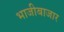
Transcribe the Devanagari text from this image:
भाजीबाजार